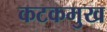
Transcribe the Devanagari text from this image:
कटकमुख